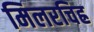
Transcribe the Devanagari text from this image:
मिलरचिह्र